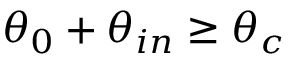
\theta _ { 0 } + \theta _ { i n } \ge \theta _ { c }